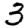
Digit: 3